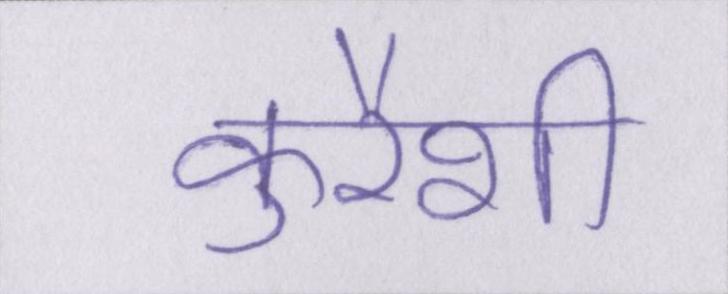
कुरैशी